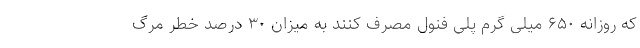
که روزانه ۶۵۰ میلی گرم پلی فنول مصرف کنند به میزان ۳۰ درصد خطر مرگ